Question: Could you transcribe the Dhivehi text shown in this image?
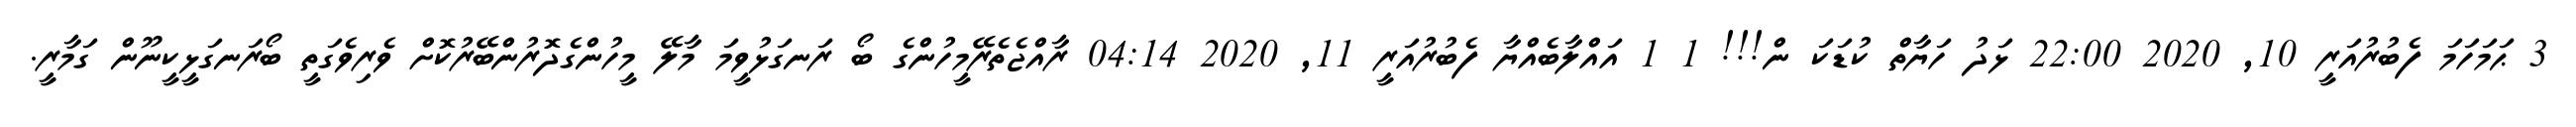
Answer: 3 ޙަމަހަމަ ފެބުރުއަރީ 10, 2020 22:00 ޅަދު ހަޔާތް ކުޑަކަ ން!!! 1 1 އައްލާބެއްޔާ ފެބުރުއަރީ 11, 2020 04:14 ރާއްޖެތެރޭމީހުންގެ ބޯ ރަނގަޅުވީމަ މާލޭ މީހުންގެދޮރުންބޭރުކޮށް ވެރިވެގަތީ ބޯރަނގަޅީކީނޫން ގަމާރީ.